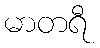
မာတရီ